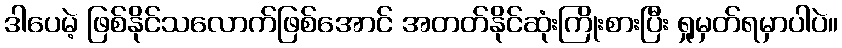
ဒါပေမဲ့ ဖြစ်နိုင်သလောက်ဖြစ်အောင် အတတ်နိုင်ဆုံးကြိုးစားပြီး ရှုမှတ်ရမှာပါပဲ။